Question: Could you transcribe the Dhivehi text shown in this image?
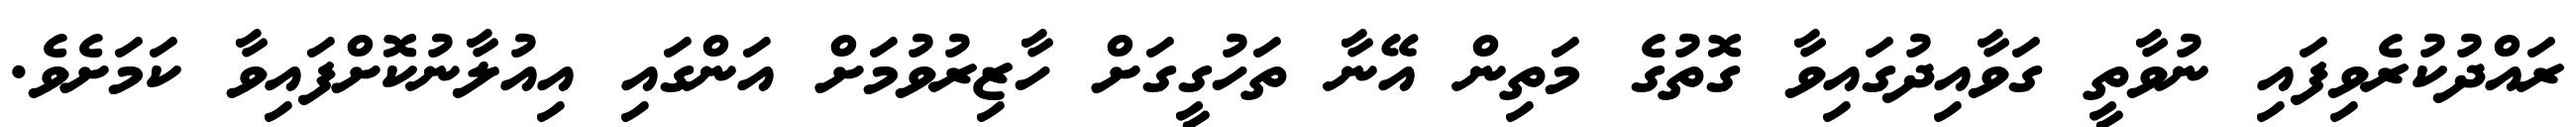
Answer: ރައްދުކުރެވިފައި ނުވާތީ ގަވާއިދުގައިވާ ގޮތުގެ މަތިން އޭނާ ތަހުގީގަށް ހާޒިރުވުމަށް އަންގައި އިއުލާނުކޮށްފައިވާ ކަމަށެވެ.